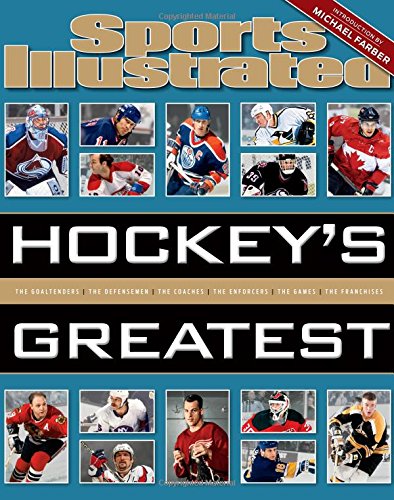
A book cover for Sports Illustrated Hockey's Greatest; The Editors of Sports Illustrated; Sports & Outdoors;